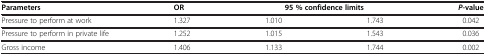
| Parameters | OR | <COLSPAN=2> 95 % confidence limits | P-value |
 | --- | --- | --- | --- | --- |
 | Pressure to perform at work | 1.327 | 1.010 | 1.743 | 0.042 |
 | Pressure to perform in private life | 1.252 | 1.015 | 1.543 | 0.036 |
 | Gross income | 1.406 | 1.133 | 1.744 | 0.002 |